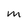
Character: M